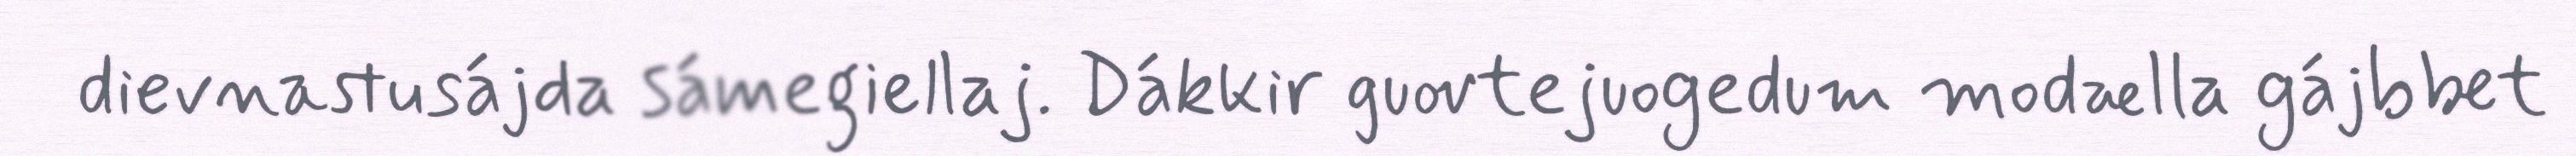
dievnastusájda sámegiellaj. Dákkir guovtejuogedum modælla gájbbet